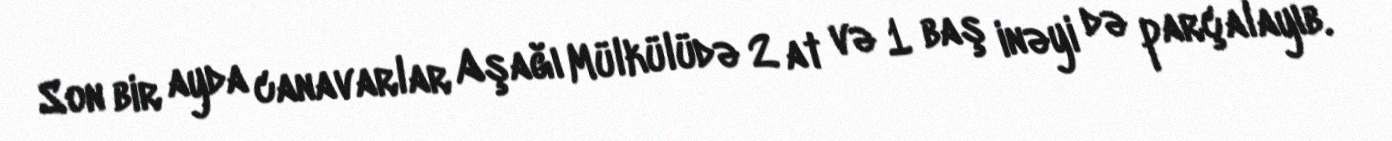
Son bir ayda canavarlar Aşağı Mülkülüdə 2 at və 1 baş inəyi də parçalayıb.